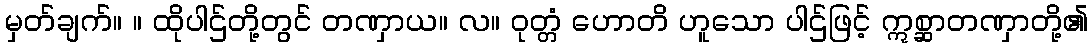
မှတ်ချက်။ ။ ထိုပါဌ်တို့တွင် တဏှာယ။ လ။ ဝုတ္တံ ဟောတိ ဟူသော ပါဌ်ဖြင့် ဣစ္ဆာတဏှာတို့၏